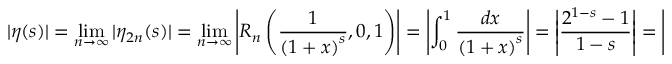
| \eta ( s ) | = \operatorname* { l i m } _ { n \to \infty } | \eta _ { 2 n } ( s ) | = \operatorname* { l i m } _ { n \to \infty } \left| R _ { n } \left( { \frac { 1 } { { ( 1 + x ) } ^ { s } } } , 0 , 1 \right) \right| = \left| \int _ { 0 } ^ { 1 } { \frac { d x } { { ( 1 + x ) } ^ { s } } } \right| = \left| { \frac { 2 ^ { 1 - s } - 1 } { 1 - s } } \right| = \left| { \frac { 1 - 1 } { - i t } } \right| = 0 .